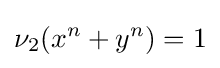
\nu _{2}(x^{n}+y^{n})=1